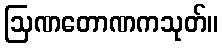
ဩဏတောဏကသုတ်။